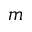
m